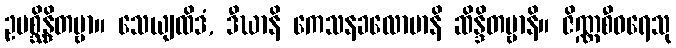
ဥပစ္ဆိန္ဒိတဗ္ဗာ။ သေယျထိဒံ, ဒီဃာနိ ကေသနခလောမာနိ ဆိန္ဒိတဗ္ဗာနိ။ ဇိဏ္ဏစီဝရေသု